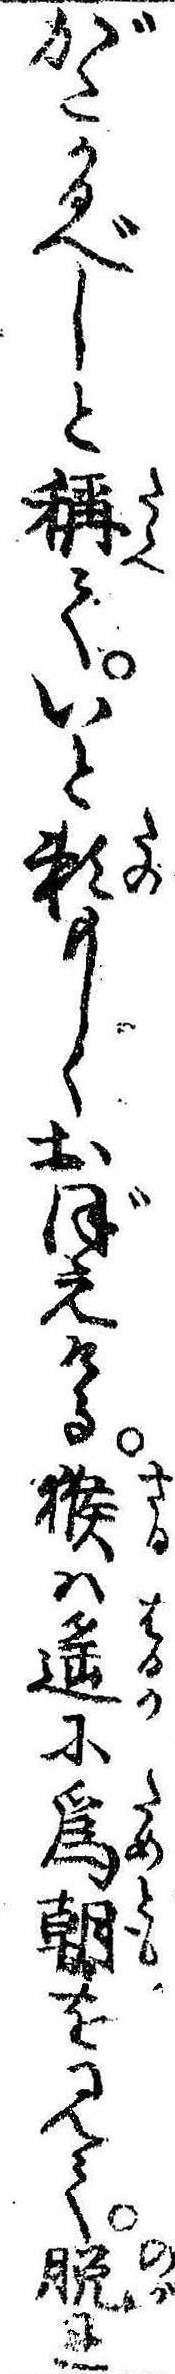
がたかるべしと称ていと頼もしくおぼえける猴は遥に為朝を見て脱れ